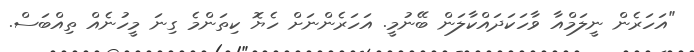
"އަހަރެން ނީލަމްއާ ވާހަކަދައްކާލަން ބޭނުމީ. އަހަރެންނަށް ހެޔޮ ކިތަންމެ ގިނަ މީހުނެއް ތިއްބަސް.